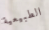
الطبيعية